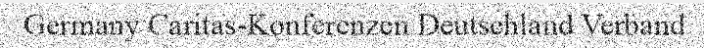
Germany Caritas-Konferenzen Deutschland Verband